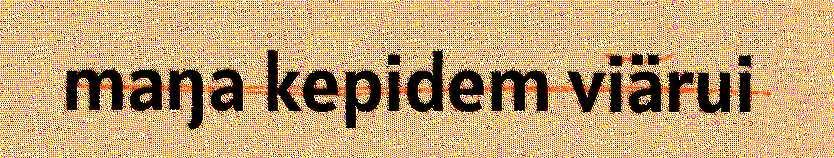
maŋa kepidem viärui